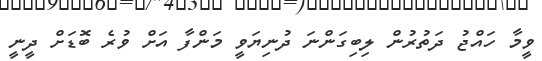
ވީމާ ހައްޖު ދަތުރުން ލިބިގަންނަ ދުނިޔަވީ މަންފާ އަށް ވުރެ ބޮޑަށް ދީނީ